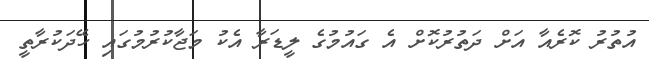
އުތުރު ކޮރެއާ އަށް ދަތުރުކޮށް އެ ގައުމުގެ ލީޑަރާ އެކު މަޖާކުރުމުގައި ހޭދަކުރާތީ